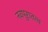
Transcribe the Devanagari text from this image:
नवपुरातत्व